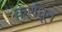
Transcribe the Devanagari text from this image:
कर्णधून